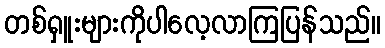
တစ်ရှူးများကိုပါလေ့လာကြပြန်သည်။